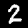
Digit: 2